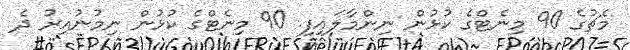
މެޗުގެ 90 މިނެޓްގެ ކުޅުން ނިންމާލައިފި. 90 މިނެޓްގެ ކުޅުން ނިމުނުއިރު ދެ